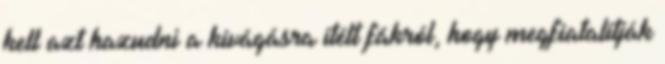
kell azt hazudni a kivágásra ítélt fákról, hogy megfiatalítják